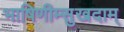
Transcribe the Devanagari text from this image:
भाषिणीम्सुखदाम्